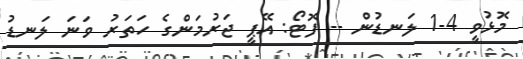
މޮޅުވީ 4-1 ލަނޑުން -- ފޮޓޯ: އޭޕީ ޖަރުމަންގެ ހަތަރު ވަނަ ލަނޑު